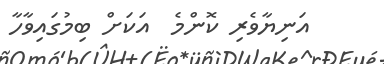
އަނިޔާވެރި ކޮންމެ  އަކަށް ބިމުގައިވާހާ